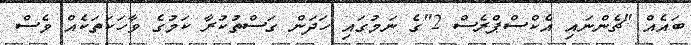
ބައެއް "ޗެންނައި އެކްސްޕްރެސް 2"ގެ ނަމުގައި ހަދަން ގަސްތުކުރާ ކަމުގެ ވާހަކަތަކެއް ވެސް